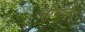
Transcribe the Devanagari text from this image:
चोंगली